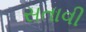
સતાવી